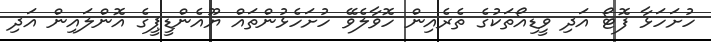
ހުށަހަޅާ ފޮޓޯ އަދި ވީޑިއޯތަކުގެ ތެރެއިން ހޮވާލެވޭ ހުށަހެޅުންތައް ޔޫއެންޑީޕީގެ އޮންލައިން އަދި